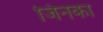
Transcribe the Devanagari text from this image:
जिंनका